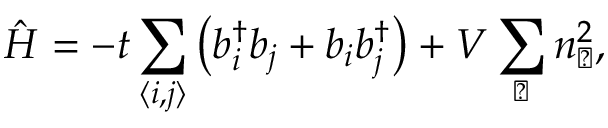
\hat { H } = - t \sum _ { \langle i , j \rangle } \left( b _ { i } ^ { \dagger } b _ { j } + b _ { i } b _ { j } ^ { \dagger } \right) + V \sum _ { \hexagon } n _ { \hexagon } ^ { 2 } ,